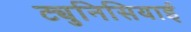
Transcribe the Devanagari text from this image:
ट्युनिसियाई